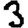
Digit: 3